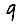
Digit: 9